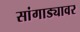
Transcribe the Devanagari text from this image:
सांगाड्यावर